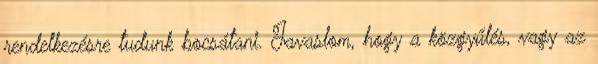
rendelkezésre tudunk bocsátani. Javaslom, hogy a közgyűlés, vagy az